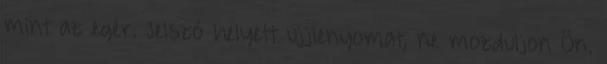
mint az egér. Jelszó helyett ujjlenyomat, ne mozduljon Ön.